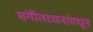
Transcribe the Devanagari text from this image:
संगीतरचनांमधून